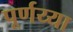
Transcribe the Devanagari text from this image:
पूर्णय्या